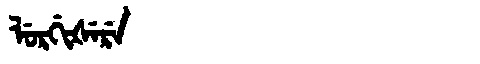
Manchu: ᠯᡠᡵᡤᡳᡧᡝᡵᡝ
Romanization: LURGIŠERE